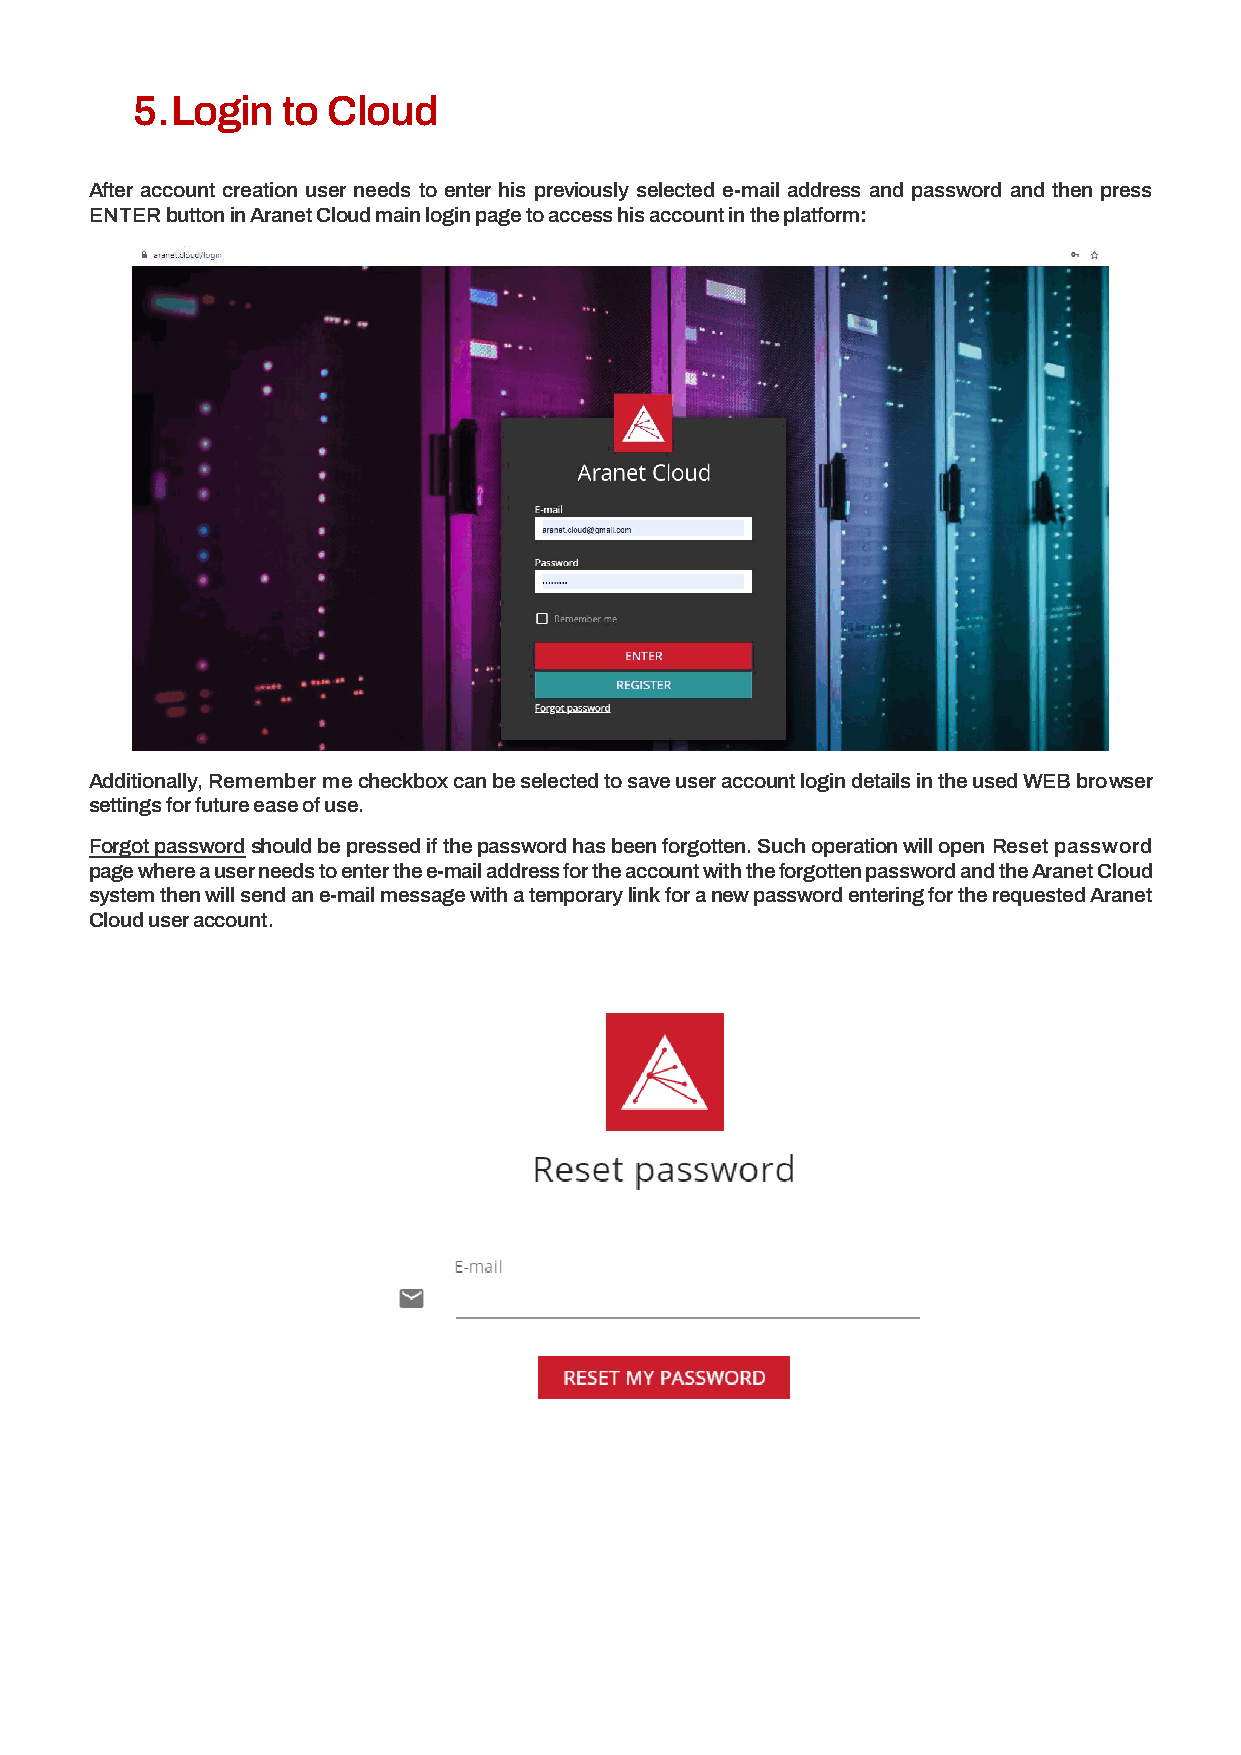
5. Login  to Cloud
 After account creation user needs to enter his previously selected e-mail address and password and then press
 ENTER button in Aranet Cloud main login page to access his account in the platform:
 Additionally, Remember me checkbox can be selected to save user account login details in the used WEB browser
 settings for future ease of use.
 Forgot password should be pressed if the password has been forgotten. Such operation will open Reset password
 page where a user needs to enter the e-mail address for the account with the forgotten password and the Aranet Cloud
 system then will send an e-mail message with a temporary link for a new password entering for the requested Aranet
 Cloud user account.